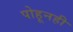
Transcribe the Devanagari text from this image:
पोहूनही